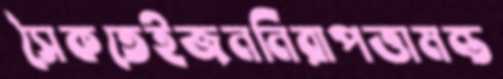
সৈকতেইজননিরাপত্তামন্ত